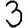
Digit: 3